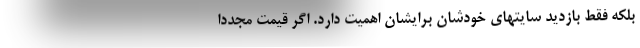
بلکه فقط بازدید سایتهای خودشان برایشان اهمیت دارد. اگر قیمت مجددا